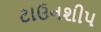
ટાઉનશીપ